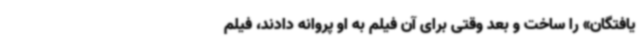
یافتگان» را ساخت و بعد وقتی برای آن فیلم به او پروانه دادند، فیلم